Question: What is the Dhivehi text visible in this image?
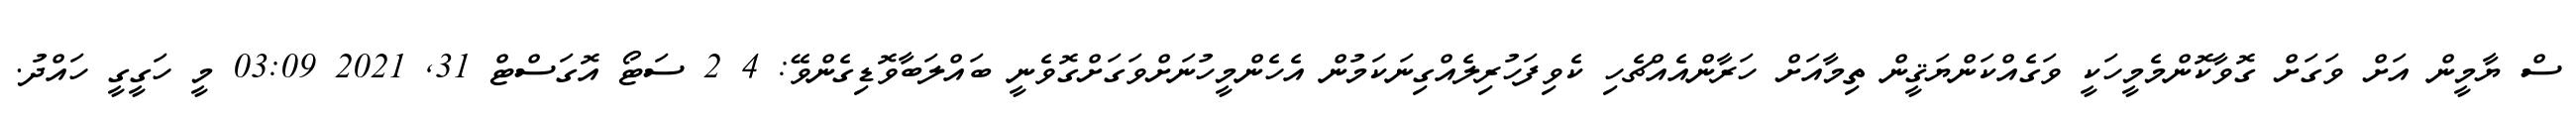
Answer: ސް ޔާމީން އަށް ވަގަށް ގޮވާކޮންމެމީހަކީ ވަގެއްކަންޔަޤީން ތިމާއަށް ހަރާންއެއްޗެހި ކެވިފަހުރިލެއްގިނަކަމުން އެހެންމީހުނަށްވަގަށްގޮވެނީ ބައްލަބާވޮޑިގެންވޭ: 4 2 ސަޓޯ އޮގަސްޓް 31, 2021 03:09 މީ ހަގީގީ ހައްދު.